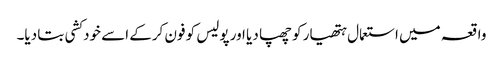
واقعہ میں استعمال ہتھیار کو چھپا دیا اور پولیس کو فون کرکے اسے خودکشی بتا دیا۔